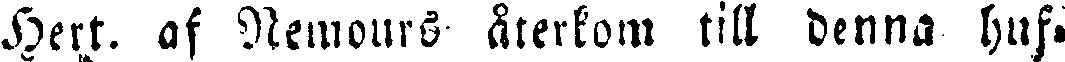
Hert. af Nemours återkom till denna huf-